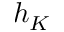
h _ { K }